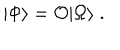
LaTeX: | \Phi \rangle = { \cal O } | \Omega \rangle \; .